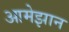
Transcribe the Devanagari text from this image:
आमेझान